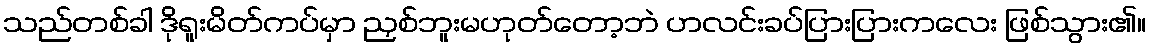
သည်တစ်ခါ ဒိုရူးမိတ်ကပ်မှာ ညှစ်ဘူးမဟုတ်တော့ဘဲ ပာလင်းခပ်ပြားပြားကလေး ဖြစ်သွား၏။